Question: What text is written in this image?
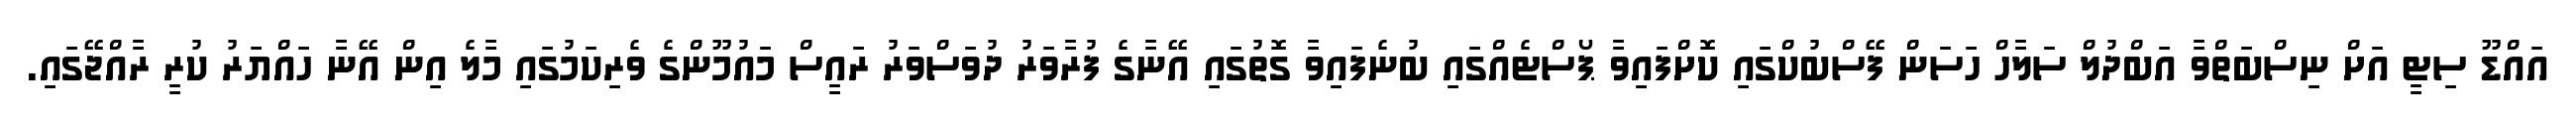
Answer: އައްޑޫ ސިޓީ އަށް ނިސްބަތްވާ އަބްދުލް ސަލާހް ހަސަން ފޭސްބުކްގައި ކޮށްފައިވާ ޕޯސްޓެއްގައި ބުނެފައިވާ ގޮތުގައި އޭނާގެ ފުރާވަރު ދުވަސްވަރު ރައީސް މައުމޫންގެ ވެރިކަމުގައި މާލެ އިން އޭނާ ހައްޔަރު ކުރީ ރާއްޖޭގައި.